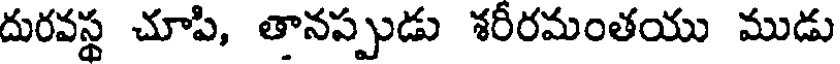
దురవస్థ చూపి, తానప్పుడు శరీరమంతయు ముడు